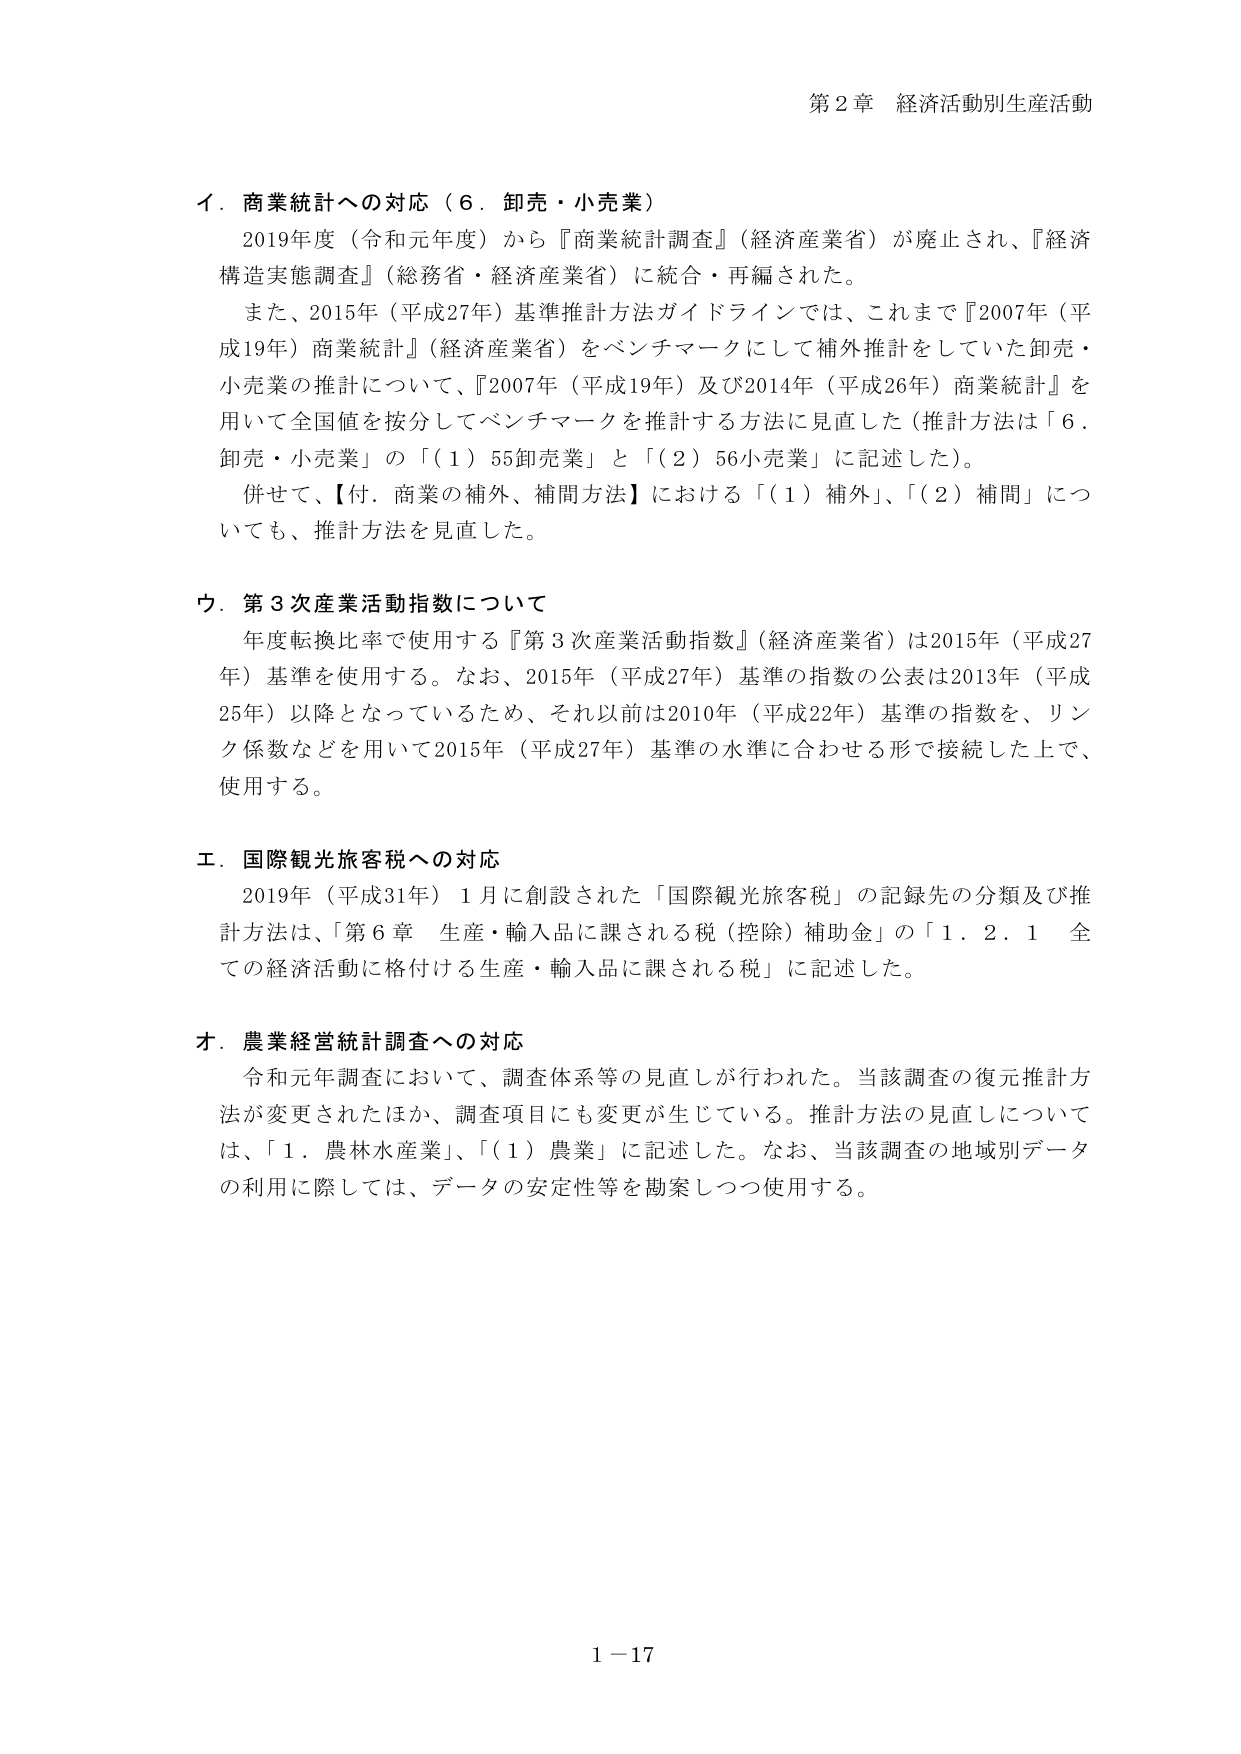
第２章 経済活動別生産活動

イ．商業統計への対応（６．卸売・小売業）
　2019年度（令和元年度）から『商業統計調査』（経済産業省）が廃止され、『経済構造実態調査』（総務省・経済産業省）に統合・再編された。
　また、2015年（平成27年）基準推計方法ガイドラインでは、これまで『2007年（平成19年）商業統計』（経済産業省）をベンチマークにして補外推計をしていた卸売・小売業の推計について、『2007年（平成19年）及び2014年（平成26年）商業統計』を用いて全国値を按分してベンチマークを推計する方法に見直した（推計方法は「６．卸売・小売業」の「（１）55卸売業」と「（２）56小売業」に記述した）。
　併せて、【付．商業の補外、補間方法】における「（１）補外」、「（２）補間」についても、推計方法を見直した。

ウ．第３次産業活動指数について
　年度転換比率で使用する『第３次産業活動指数』（経済産業省）は2015年（平成27年）基準を使用する。なお、2015年（平成27年）基準の指数の公表は2013年（平成25年）以降となっているため、それ以前は2010年（平成22年）基準の指数を、リンク係数などを用いて2015年（平成27年）基準の水準に合わせる形で接続した上で、使用する。

エ．国際観光旅客税への対応
　2019年（平成31年）１月に創設された「国際観光旅客税」の記録先の分類及び推計方法は、「第６章 生産・輸入品に課される税（控除）補助金」の「１．２．１ 全ての経済活動に格付ける生産・輸入品に課される税」に記述した。

オ．農業経営統計調査への対応
　令和元年調査において、調査体系等の見直しが行われた。当該調査の復元推計方法が変更されたほか、調査項目にも変更が生じている。推計方法の見直しについては、「１．農林水産業」、「（１）農業」に記述した。なお、当該調査の地域別データの利用に際しては、データの安定性等を勘案しつつ使用する。

1－17